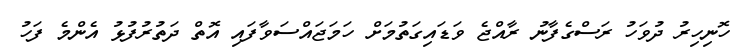
ހޮނިހިރު ދުވަހު ރަސްގެފާނު ރާއްޖެ ވަޑައިގަތުމަށް ހަމަޖައްސަވާފައި އޮތް ދަތުރުފުޅު އެންމެ ފަހު